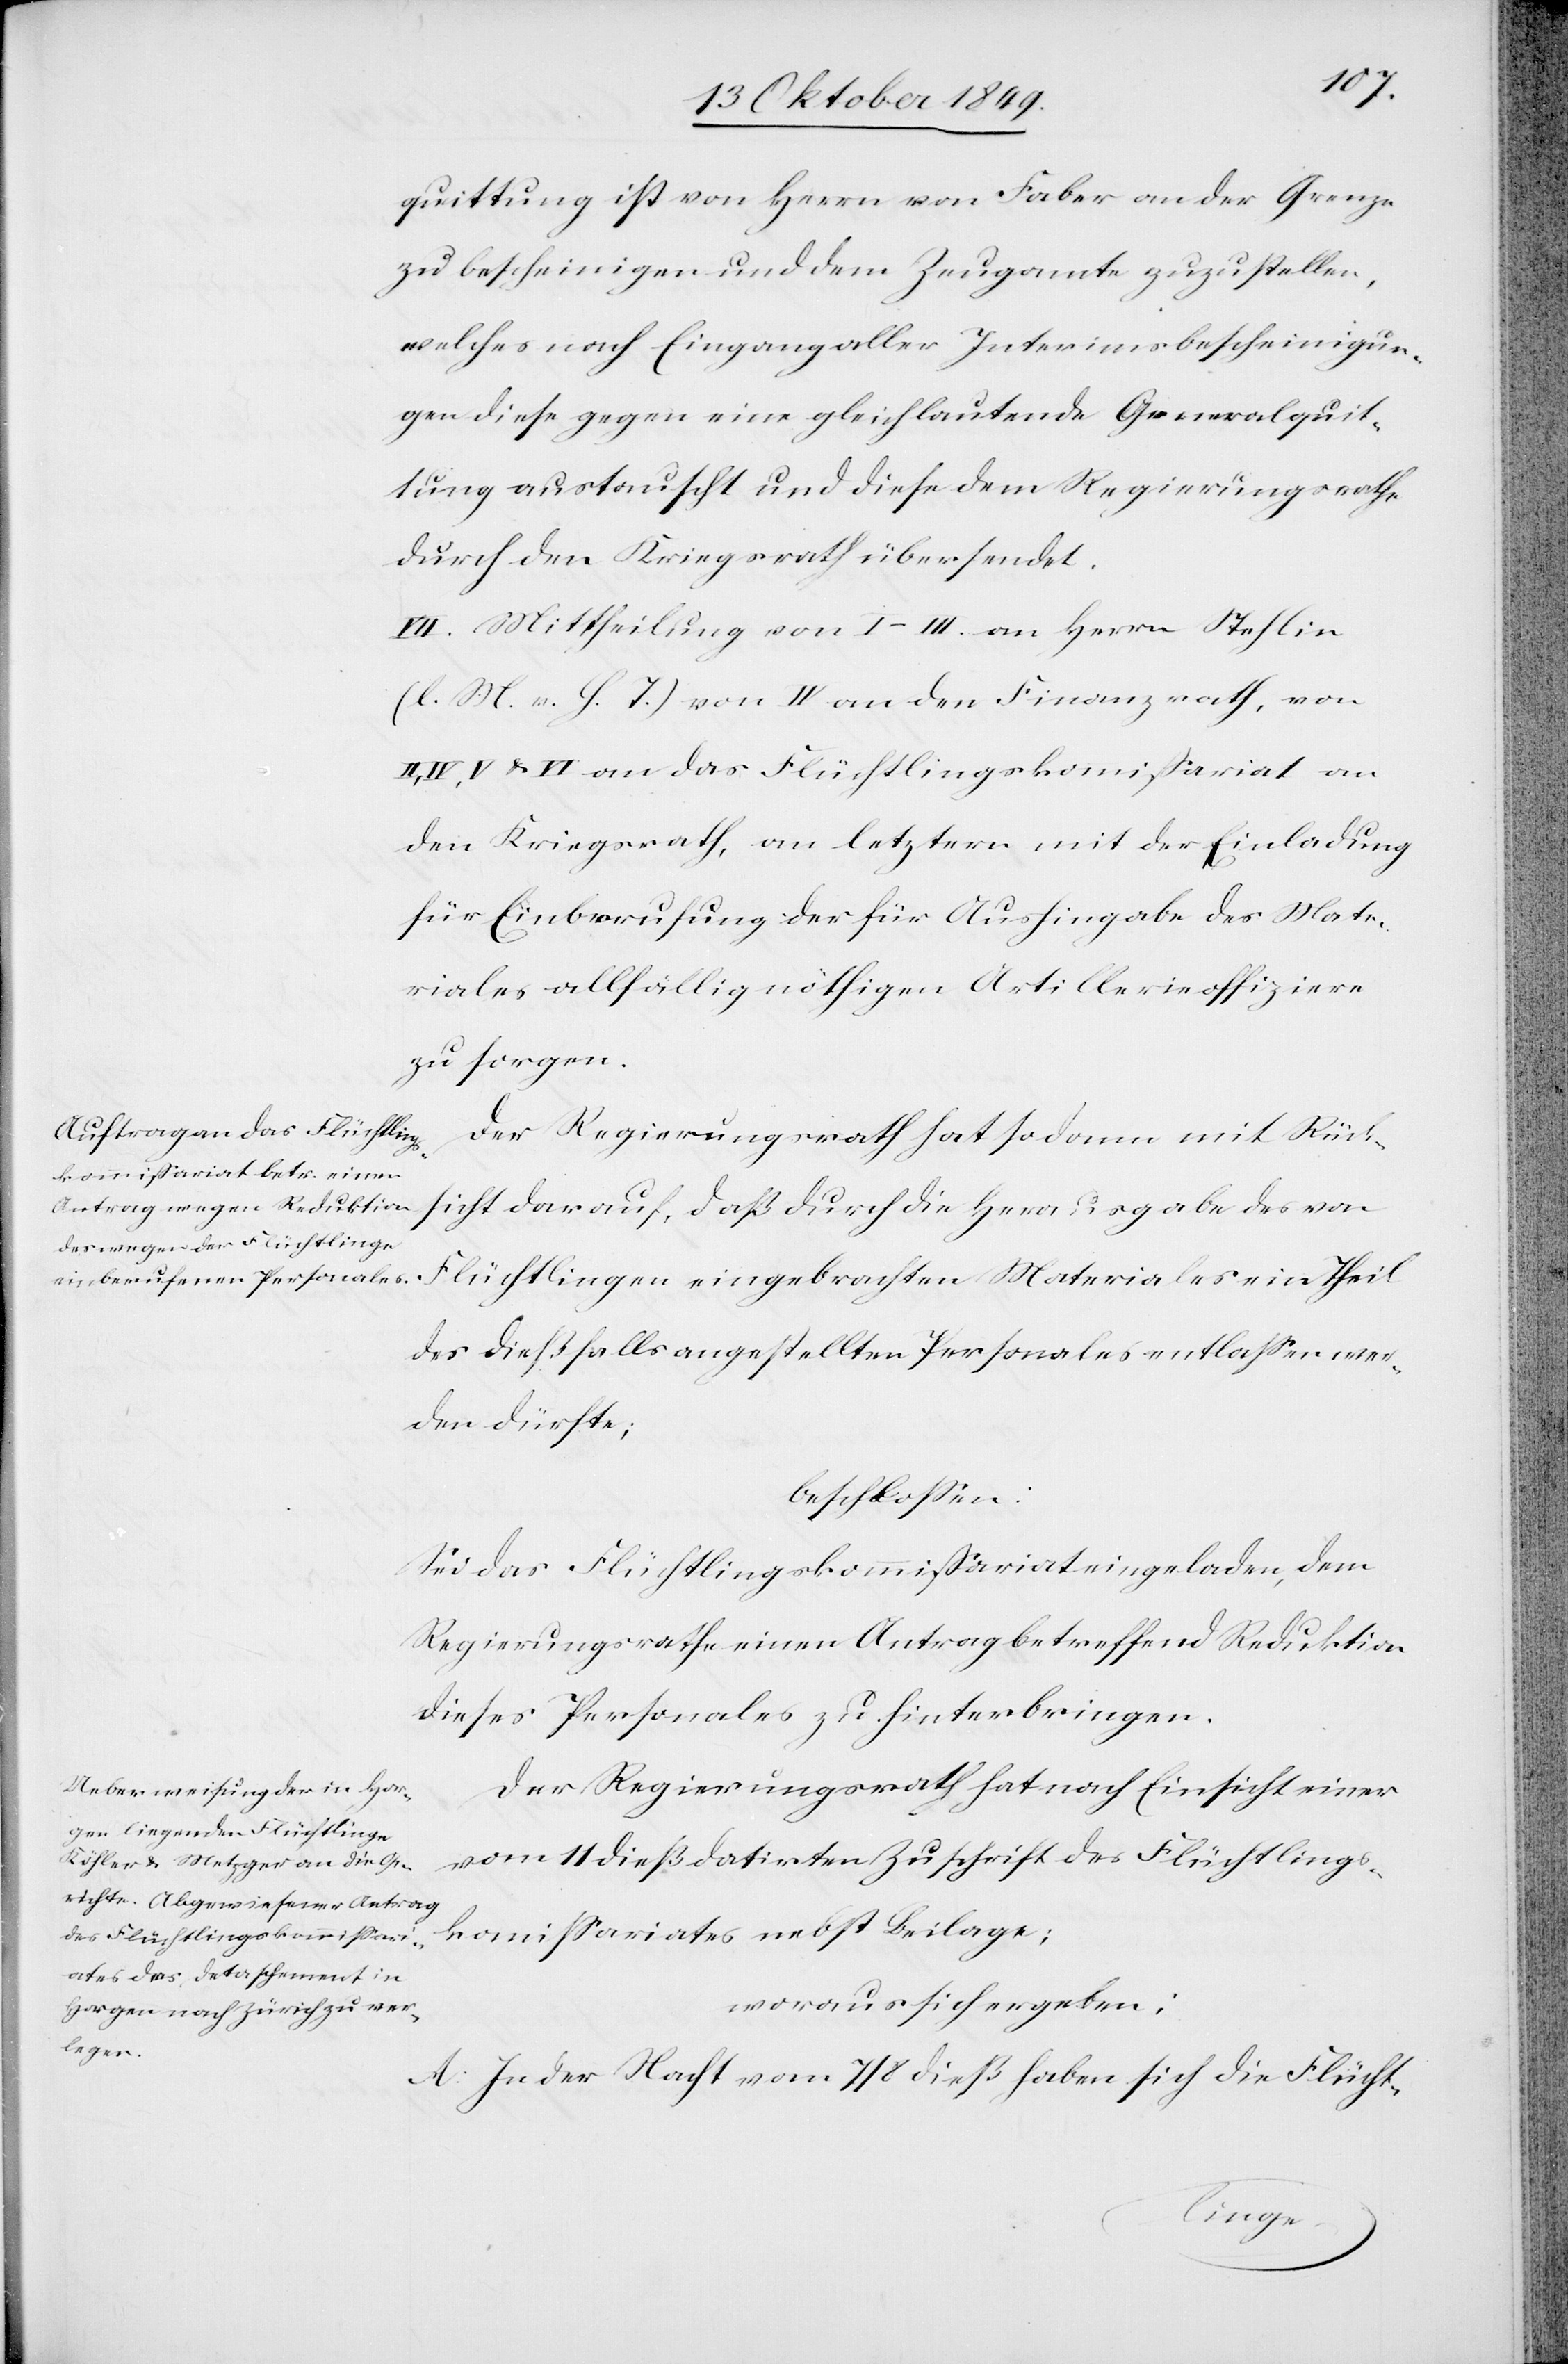
sicht
quittung ist von Herrn von Faber an der Grenze
zu bescheinigen und dem Zeugamte zuzustellen,
welches nach Eingang aller Interimsbescheinigun¬
gen diese gegen eine gleichlautende Generalquit¬
tung austauscht und diese dem Regierungsrathe
durch den Kriegsrath übersendet.
VII. Mittheilung von I–III. an Herrn Stehlin
[l. M. v. h. T] von IV an den Finanzrath, von
IV, V u. VI an das Flüchtlingskommißariat an
den Kriegsrath, an letztern mit der Einladung
für Einberufung der für Aushingabe des Mate¬
riales allfällig nöthigen Artillerieoffizieren
zu sorgen.
Der Regierungsrath hat sodann mit Rück¬
Flüchtlingen eingebrachten Materiales ein Theil
des dießfalls angestellten Personales entlaßen wer¬
den dürfte;
beschloßen:
Sei das Flüchtlingskommißariat eingeladen, dem
Regierungsrathe einen Antrag betreffend Reduktion
dieses Personales zu hinterbringen.
Der Regierungsrath hat nach Einsicht einer
vom 11 dieß datirten Zuschrift des Flüchtlings¬
kommißariates nebst Beilage;
woraus sich ergeben:
A. In der Nacht vom 7/8 dieß haben sich die Flücht-